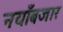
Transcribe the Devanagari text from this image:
नयाँबजार